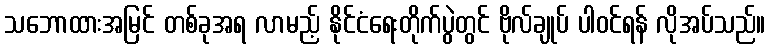
သဘောထားအမြင် တစ်ခုအရ လာမည့် နိုင်ငံရေးတိုက်ပွဲတွင် ဗိုလ်ချုပ် ပါဝင်ရန် လိုအပ်သည်။